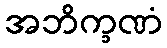
အဘိက္ခဏံ